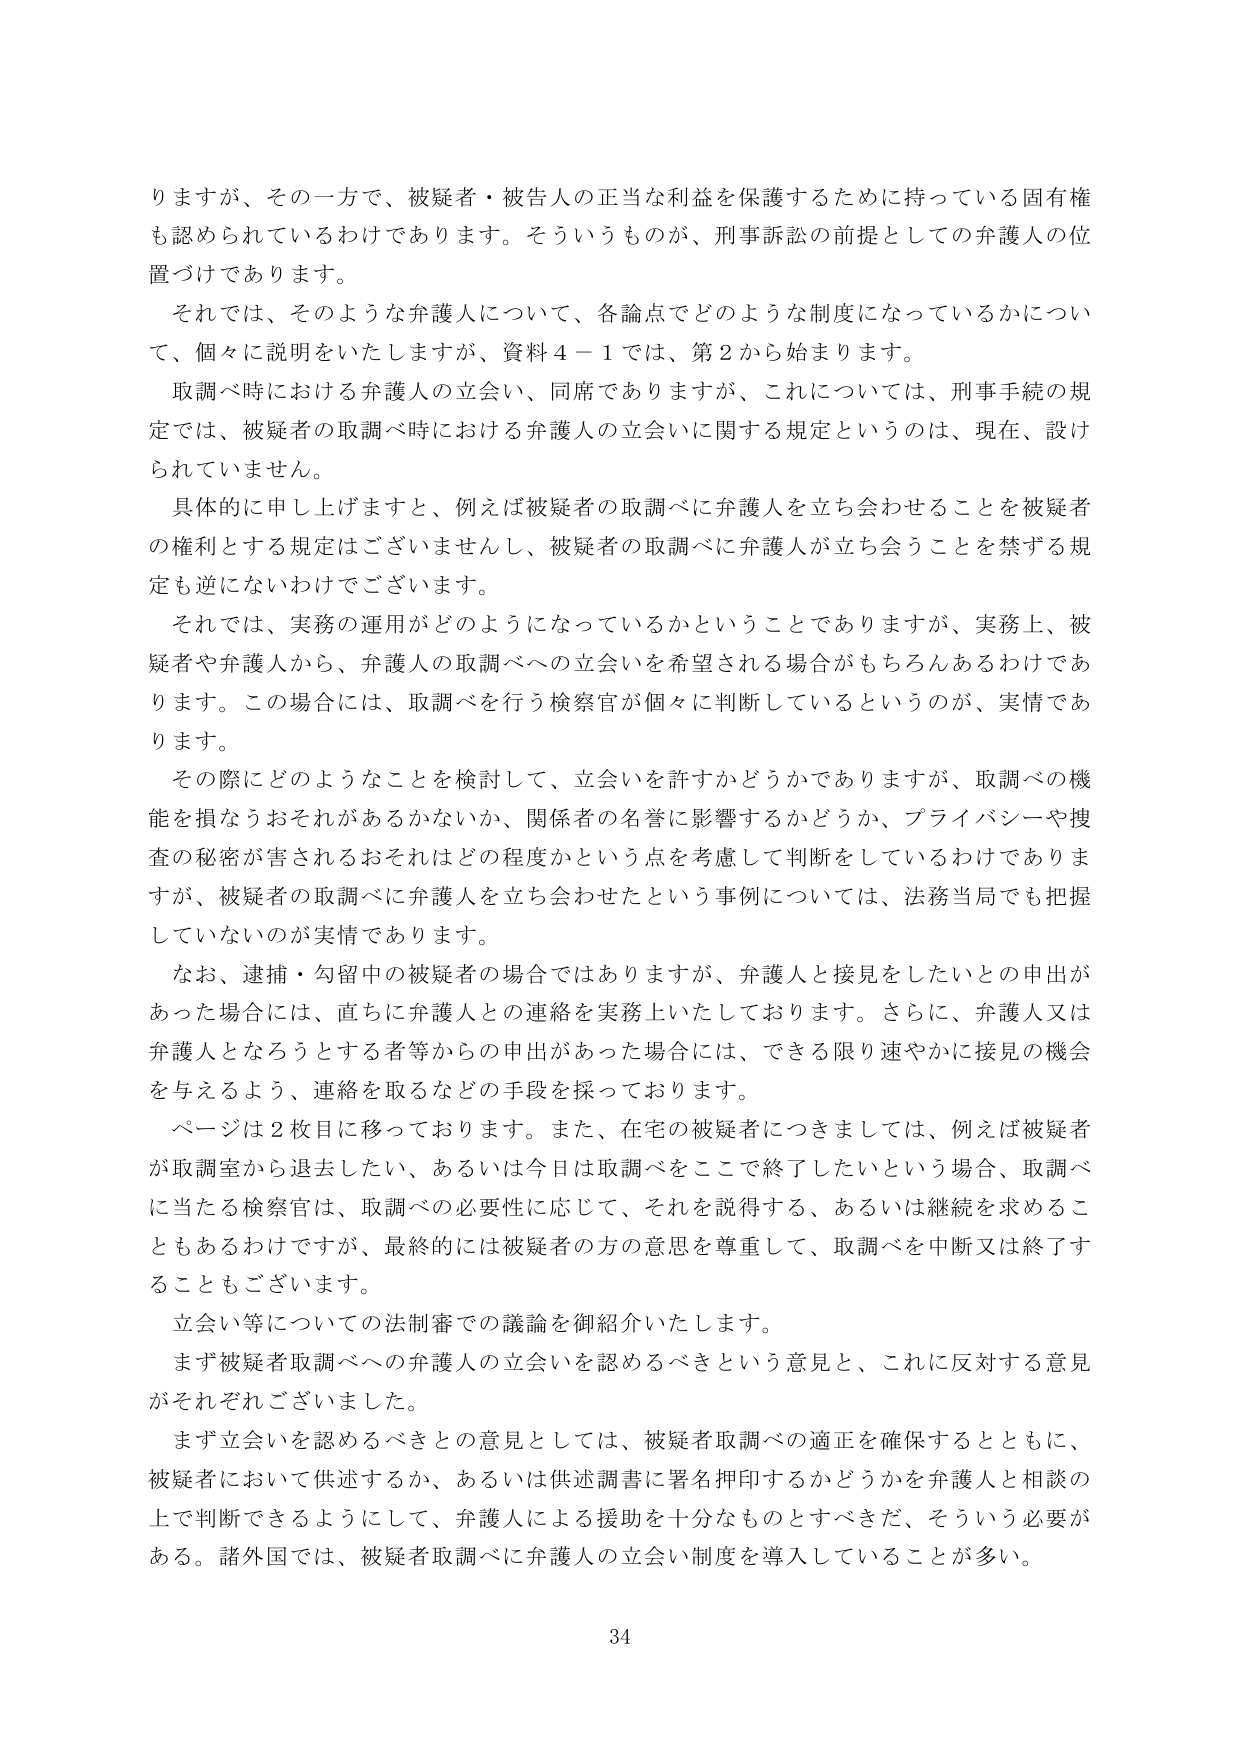
りますが、その一方で、被疑者・被告人の正当な利益を保護するために持っている固有権も認められているわけであります。そういうものが、刑事訴訟の前提としての弁護人の位置づけであります。

それでは、そのような弁護人について、各論点でどのような制度になっているかについて、個々に説明をいたしますが、資料４－１では、第２から始まります。

取調べ時における弁護人の立会い、同席でありますが、これについては、刑事手続の規定では、被疑者の取調べ時における弁護人の立会いに関する規定というのは、現在、設けられていません。

具体的に申し上げますと、例えば被疑者の取調べに弁護人を立ち会わせることを被疑者の権利とする規定はございませんし、被疑者の取調べに弁護人が立ち会うことを禁ずる規定も逆にないわけでございます。

それでは、実務の運用がどのようになっているかということでありますが、実務上、被疑者や弁護人から、弁護人の取調べへの立会いを希望される場合がもちろんあるわけであります。この場合には、取調べを行う検察官が個々に判断しているというのが、実情であります。

その際にどのようなことを検討して、立会いを許すかどうかでありますが、取調べの機能を損なうおそれがあるかないか、関係者の名誉に影響するかどうか、プライバシーや捜査の秘密が害されるおそれはどの程度かという点を考慮して判断をしているわけでありますが、被疑者の取調べに弁護人を立ち会わせたという事例については、法務当局でも把握していないのが実情であります。

なお、逮捕・勾留中の被疑者の場合ではありますが、弁護人と接見をしたいとの申出があった場合には、直ちに弁護人との連絡を実務上いたしております。さらに、弁護人又は弁護人となろうとする者等からの申出があった場合には、できる限り速やかに接見の機会を与えるよう、連絡を取るなどの手段を採っております。

ページは２枚目に移っております。また、在宅の被疑者につきましては、例えば被疑者が取調室から退去したい、あるいは今日は取調べをここで終了したいという場合、取調べに当たる検察官は、取調べの必要性に応じて、それを説得する、あるいは継続を求めることもあるわけですが、最終的には被疑者の方の意思を尊重して、取調べを中断又は終了することもございます。

立会い等についての法制審での議論を御紹介いたします。

まず被疑者取調べへの弁護人の立会いを認めるべきという意見と、これに反対する意見がそれぞれございました。

まず立会いを認めるべきとの意見としては、被疑者取調べの適正を確保するとともに、被疑者において供述するか、あるいは供述調書に署名押印するかどうかを弁護人と相談の上で判断できるようにして、弁護人による援助を十分なものとすべきだ、そういう必要がある。諸外国では、被疑者取調べに弁護人の立会い制度を導入していることが多い。

34